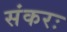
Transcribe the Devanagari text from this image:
संकरः